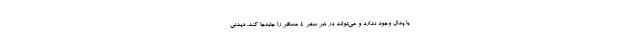
یا پدال وجود ندارد و می‌تواند در هر سفر ۴ مسافر را جابه‌جا کند. دیدنی